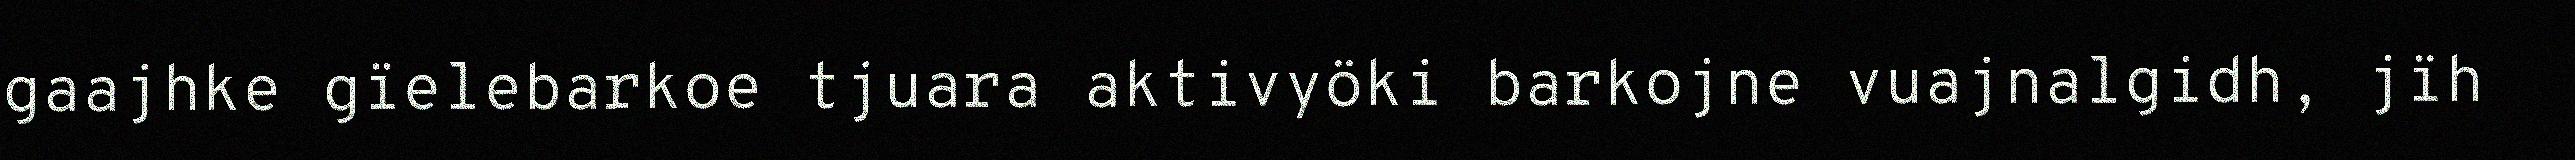
gaajhke gïelebarkoe tjuara aktivyöki barkojne vuajnalgidh, jïh